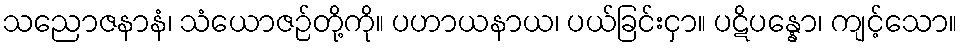
သညောဇနာနံ၊ သံယောဇဉ်တို့ကို။ ပဟာယနာယ၊ ပယ်ခြင်းငှာ။ ပဋိပန္နော၊ ကျင့်သော။